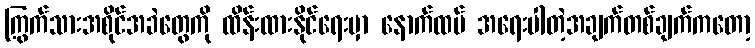
ကြွက်သားအစိုင်အခဲတွေကို ထိန်းထားနိုင်ရေးမှာ နောက်ထပ် အရေးပါတဲ့အချက်တစ်ချက်ကတော့